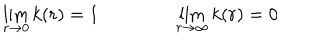
LaTeX: \lim _ { r \rightarrow 0 } k ( r ) = 1 \qquad \qquad \lim _ { r \rightarrow \infty } k ( r ) = 0